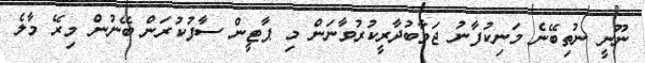
ނޫނީ ނުތިބޭނެ މަނިކުފާނު ޖަވާބުދާރީކުރުވާނަން މި ޕާޓީން ސާފުކުރަން ބޭނުން މިރޭ މާލެ